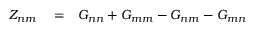
\begin{array} { r l r } { Z _ { n m } } & { { } = } & { G _ { n n } + G _ { m m } - G _ { n m } - G _ { m n } } \end{array}